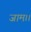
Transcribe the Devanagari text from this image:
जाम।।